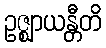
ဥဇ္ဈာယန္တီတိ